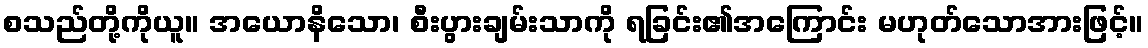
စသည်တို့ကိုယူ။ အယောနိသော၊ စီးပွားချမ်းသာကို ရခြင်း၏အကြောင်း မဟုတ်သောအားဖြင့်။